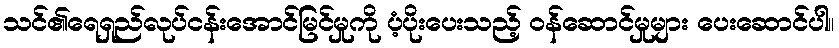
သင်၏ရေရှည်လုပ်ငန်းအောင်မြင်မှုကို ပံ့ပိုးပေးသည့် ဝန်ဆောင်မှုများ ပေးဆောင်ပါ။